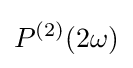
P^{(2)}(2\omega )